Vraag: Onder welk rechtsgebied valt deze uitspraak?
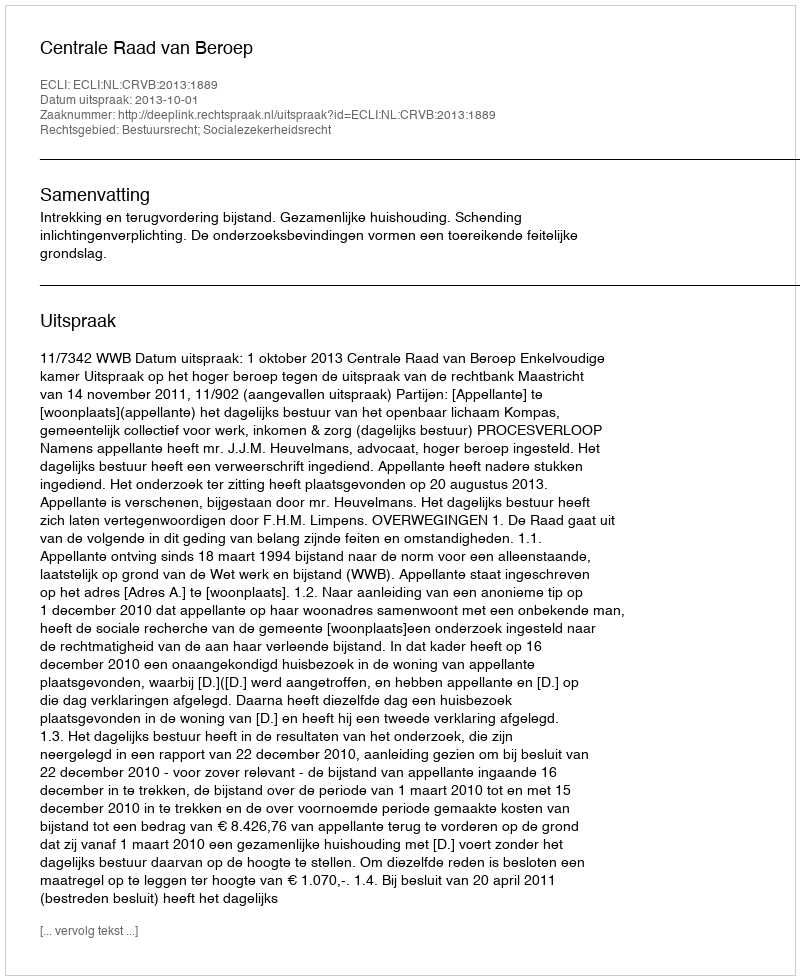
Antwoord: Bestuursrecht; Socialezekerheidsrecht